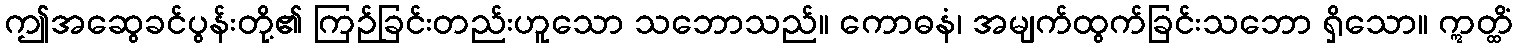
ဤအဆွေခင်ပွန်းတို့၏ ကြဉ်ခြင်းတည်းဟူသော သဘောသည်။ ကောဓနံ၊ အမျက်ထွက်ခြင်းသဘော ရှိသော။ ဣတ္ထိံ